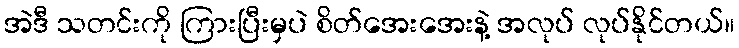
အဲဒီ သတင်းကို ကြားပြီးမှပဲ စိတ်အေးအေးနဲ့ အလုပ် လုပ်နိုင်တယ်။